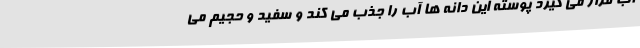
آب قرار می گیرد پوسته این دانه ها آب را جذب می کند و سفید و حجیم می